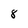
Character: 8